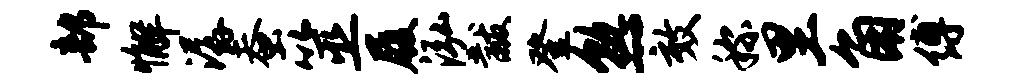
部懈潺蚕筮履泓黻登熟效称里角缚